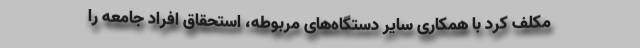
مکلف کرد با همکاری سایر دستگاه‌های مربوطه، استحقاق افراد جامعه را